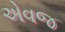
એવજ